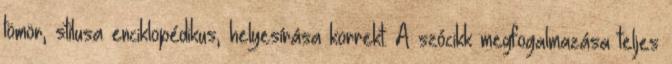
tömör, stílusa enciklopédikus, helyesírása korrekt. A szócikk megfogalmazása teljes